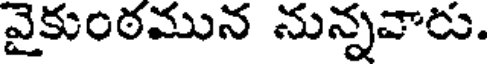
వైకుంఠమున నున్నవారు.